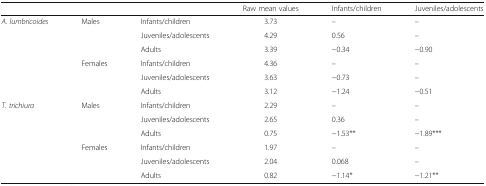
<table><thead><tr><td colspan="3"></td><td><b>Raw mean values</b></td><td><b>Infants/children</b></td><td><b>Juveniles/adolescents</b></td></tr></thead><tbody><tr><td rowspan="6"><i>A. lumbricoides</i></td><td rowspan="3">Males</td><td>Infants/children</td><td>3.73</td><td>–</td><td>–</td></tr><tr><td>Juveniles/adolescents</td><td>4.29</td><td>0.56</td><td>–</td></tr><tr><td>Adults</td><td>3.39</td><td>−0.34</td><td>−0.90</td></tr><tr><td rowspan="3">Females</td><td>Infants/children</td><td>4.36</td><td>–</td><td>–</td></tr><tr><td>Juveniles/adolescents</td><td>3.63</td><td>−0.73</td><td>–</td></tr><tr><td>Adults</td><td>3.12</td><td>−1.24</td><td>−0.51</td></tr><tr><td rowspan="6"><i>T. trichiura</i></td><td rowspan="3">Males</td><td>Infants/children</td><td>2.29</td><td>–</td><td>–</td></tr><tr><td>Juveniles/adolescents</td><td>2.65</td><td>0.36</td><td>–</td></tr><tr><td>Adults</td><td>0.75</td><td>−1.53**</td><td>−1.89***</td></tr><tr><td rowspan="3">Females</td><td>Infants/children</td><td>1.97</td><td>–</td><td>–</td></tr><tr><td>Juveniles/adolescents</td><td>2.04</td><td>0.068</td><td>–</td></tr><tr><td>Adults</td><td>0.82</td><td>−1.14*</td><td>−1.21**</td></tr></tbody></table>